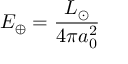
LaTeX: E _ { \oplus } = { \frac { L _ { \odot } } { 4 \pi a _ { 0 } ^ { 2 } } }